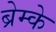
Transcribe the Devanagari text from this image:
ब्रेम्के